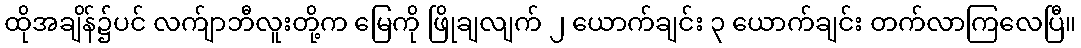
ထိုအချိန်၌ပင် လက်ျာဘီလူးတို့က မြေကို ဖြိုချလျက် ၂ ယောက်ချင်း ၃ ယောက်ချင်း တက်လာကြလေပြီ။